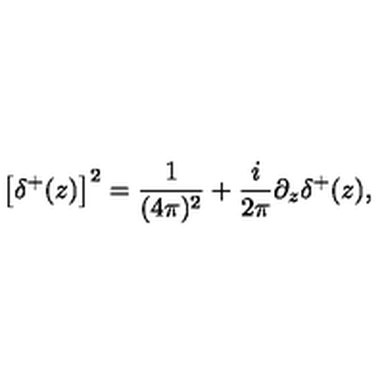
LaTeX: \left[ \delta ^ { + } ( z ) \right] ^ { 2 } = \frac { 1 } { ( 4 \pi ) ^ { 2 } } + \frac { i } { 2 \pi } \partial _ { z } \delta ^ { + } ( z ) ,